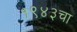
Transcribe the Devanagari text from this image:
१९४३चा